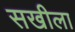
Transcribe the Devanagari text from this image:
सखीला